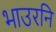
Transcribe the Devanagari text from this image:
भाउरनि